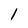
Character: 1